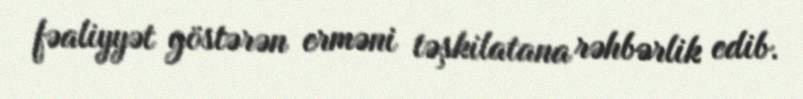
fəaliyyət göstərən erməni təşkilatana rəhbərlik edib.